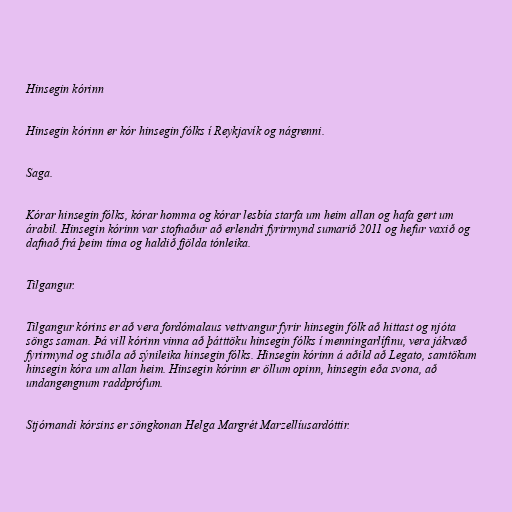
Hinsegin kórinn

Hinsegin kórinn er kór hinsegin fólks í Reykjavík og nágrenni.

Saga.

Kórar hinsegin fólks, kórar homma og kórar lesbía starfa um heim allan og hafa gert um
árabil. Hinsegin kórinn var stofnaður að erlendri fyrirmynd sumarið 2011 og hefur vaxið og
dafnað frá þeim tíma og haldið fjölda tónleika.

Tilgangur.

Tilgangur kórins er að vera fordómalaus vettvangur fyrir hinsegin fólk að hittast og njóta
söngs saman. Þá vill kórinn vinna að þátttöku hinsegin fólks í menningarlífinu, vera jákvæð
fyrirmynd og stuðla að sýnileika hinsegin fólks. Hinsegin kórinn á aðild að Legato, samtökum
hinsegin kóra um allan heim. Hinsegin kórinn er öllum opinn, hinsegin eða svona, að
undangengnum raddprófum.

Stjórnandi kórsins er söngkonan Helga Margrét Marzellíusardóttir.